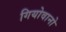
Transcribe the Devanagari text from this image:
गियोवानो